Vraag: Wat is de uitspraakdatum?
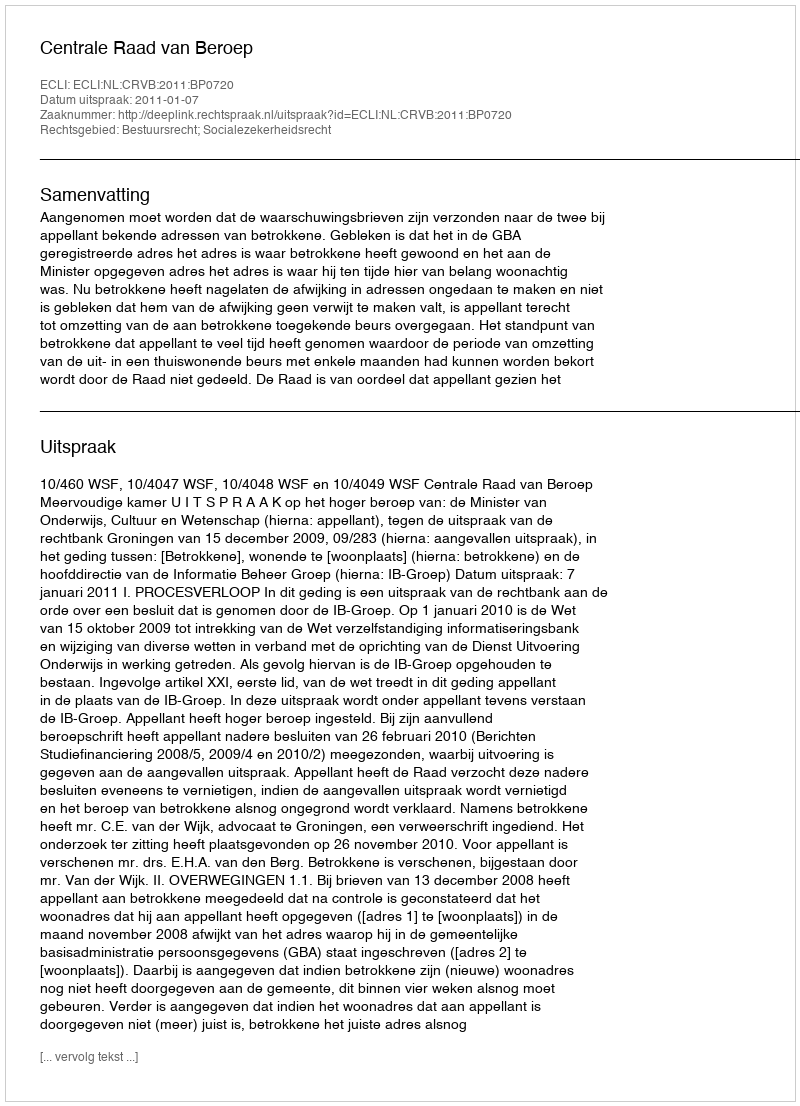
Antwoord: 2011-01-07